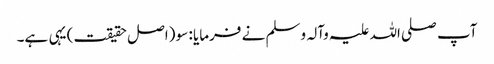
آپ صلی اللہ علیہ وآلہ وسلم نے فرمایا : سو (اصل حقیقت) یہی ہے۔